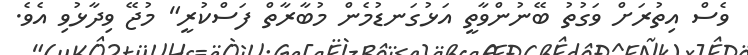
ވެސް އިތުރަށް ވަގުތު ބޭނުންވާތީ އަޅުގަނޑުމެން މުބާރާތް ފަސްކުރީ" މުޖޭ ވިދާޅުވި އެވެ.